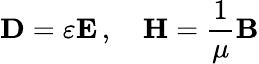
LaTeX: \mathbf{D}=\varepsilon\mathbf{E}\, ,\quad\mathbf{H}={\frac{1}{\mu}}\mathbf{B}